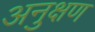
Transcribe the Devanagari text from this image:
अनुक्षण